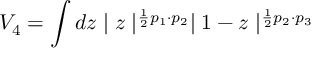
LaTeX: V _ { 4 } = \int d z \mid z \mid ^ { \frac { 1 } { 2 } p _ { 1 } \cdot p _ { 2 } } \mid 1 - z \mid ^ { \frac { 1 } { 2 } p _ { 2 } \cdot p _ { 3 } }